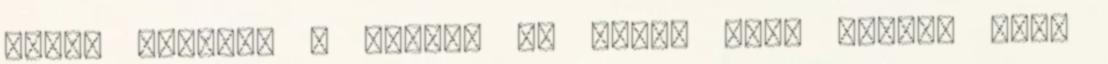
Gábor Alfréd, a Muriel és Járai Márk Halott Pénz